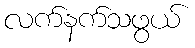
လက်နက်သဖွယ်